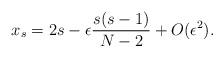
LaTeX: \begin{align*}x_{s}=2s-\epsilon\frac{s(s-1)}{N-2}+O(\epsilon^{2}).\end{align*}